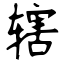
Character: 辖